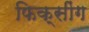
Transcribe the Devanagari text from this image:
फिक्सींग